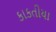
કાકતીયા